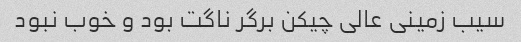
سیب زمینی عالی چیکن برگر ناگت بود و خوب نبود